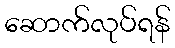
ဆောက်လုပ်ရန်